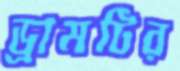
ড্রামটির